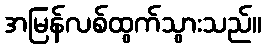
အမြန်လစ်ထွက်သွားသည်။